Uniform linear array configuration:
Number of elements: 12
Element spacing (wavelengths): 0.5
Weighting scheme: exponential
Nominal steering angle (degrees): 15
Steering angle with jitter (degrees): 15.01
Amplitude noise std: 0.05
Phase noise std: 0.05

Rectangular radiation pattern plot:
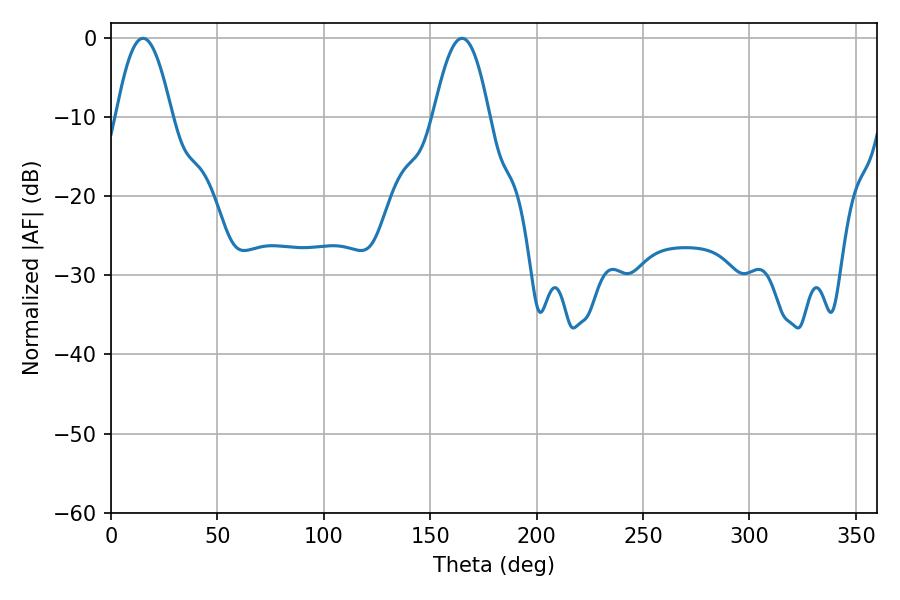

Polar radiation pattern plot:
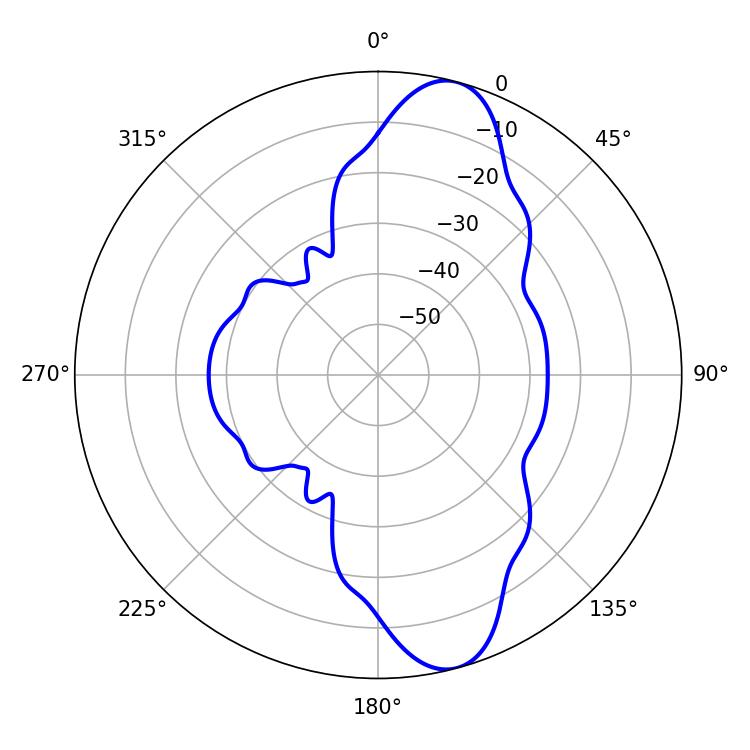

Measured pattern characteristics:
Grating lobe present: FALSE
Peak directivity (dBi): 11.184
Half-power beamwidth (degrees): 14.22
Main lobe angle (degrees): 15.12